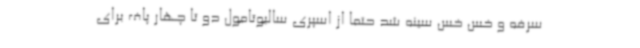
سرفه و خس خس سینه شد حتما از اسپری سالبوتامول دو تا چهار پاف برای